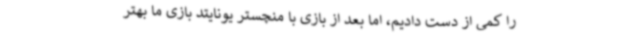
را کمی از دست دادیم، اما بعد از بازی با منچستر یونایتد بازی ما بهتر